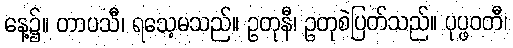
နေ့၌။ တာပသီ၊ ရသေ့မသည်။ ဥတုနီ၊ ဥတုစဲပြတ်သည်။ ပုပ္ဖဝတီ၊